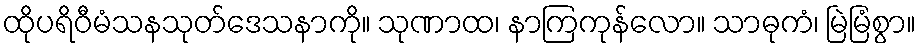
ထိုပရိဝီမံသနသုတ်ဒေသနာကို။ သုဏာထ၊ နာကြကုန်လော။ သာဓုကံ၊ မြဲမြံစွာ။